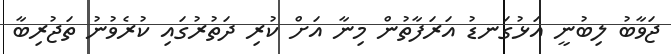
ޖަވާބު ލިބުނީ އަޅުގަނޑު އަރަފާތުން މިނާ އަށް ކުރި ދަތުރުގައި ކުރެވުނު ތަޖުރިބާ